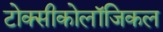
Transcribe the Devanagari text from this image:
टोक्सीकोलॉजिकल